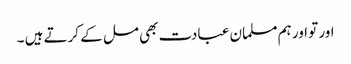
اور تو اور ہم مسلمان عبادت بھی مل کے کرتے ہیں ۔